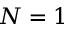
N = 1